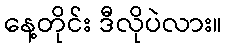
နေ့တိုင်း ဒီလိုပဲလား။